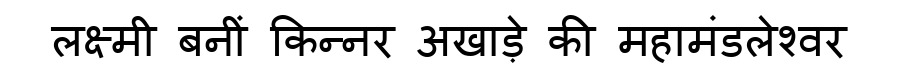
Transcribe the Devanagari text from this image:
लक्ष्मी बनीं किन्नर अखाड़े की महामंडलेश्वर